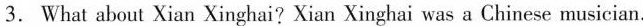
3.What about Xia n Xinghai? Xian Xinghai was a Chinese musician.